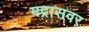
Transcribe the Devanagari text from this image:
मद्रासवर